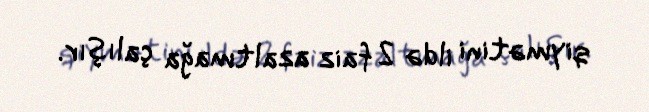
qiymətini ildə 2 faiz azaltmağa çalışır.